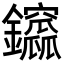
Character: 𨰆